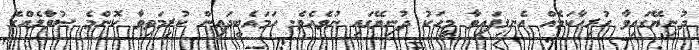
ދުނިޔޭގައިވާ ހުރިހާކަމެއް އެނގިފައިވާ މީހަކު ދުނިޔޭގައި ނުވެއެވެ. ހަމައެބީދައިން ކުރިމަތިވާ ކޮންމެ ސުވާލެއްގެ